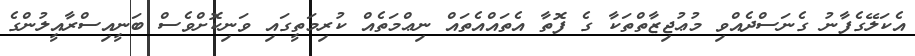
އެކަލޭގެފާނު ގެނަސްދެއްވި މުޢުޖިޒާތްތަކާ ގެ ފޮތާ އެތައްއެތައް ނިޢްމަތެއް ކުރިމަތީގައި ވަނިކޮށްވެސް ބަނީއިސްރާއީލުންގެ